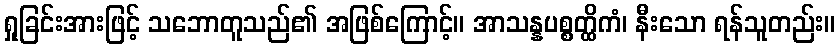
ရှုခြင်းအားဖြင့် သဘောတူသည်၏ အဖြစ်ကြောင့်။ အာသန္နပစ္စတ္ထိကံ၊ နီးသော ရန်သူတည်း။